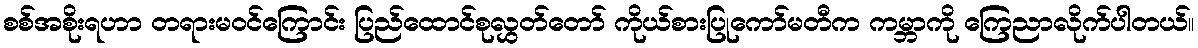
စစ်အစိုးရဟာ တရားမဝင်ကြောင်း ပြည်ထောင်စုလွှတ်တော် ကိုယ်စားပြုကော်မတီက ကမ္ဘာကို ကြေညာလိုက်ပါတယ်။